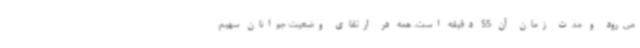
می‌رود و مدت زمان آن 55 دقیقه است. همه در ارتقای وضعیت جوانان سهیم